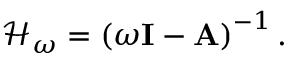
\mathcal { H } _ { \omega } = \left( \omega { \mathbf { I } } - { \mathbf { A } } \right) ^ { - 1 } .